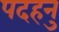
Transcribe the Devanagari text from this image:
पदहनु